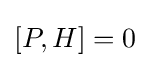
\left[P,H\right]=0